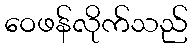
ဝေဖန်လိုက်သည်